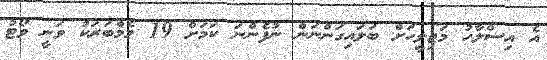
އެ އިސްލާހު މަޖިލީހަށް ބަލައިގަންނަން ނުފެންނަ ކަމަށް 19 މެމްބަރަކު ވަނީ ވޯޓު